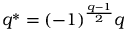
q ^ { * } = ( - 1 ) ^ { \frac { q - 1 } { 2 } } q